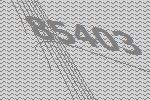
85403